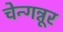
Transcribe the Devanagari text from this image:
चेन्गन्नूर